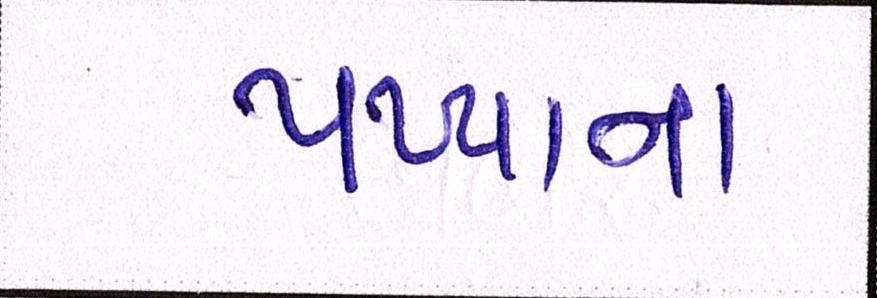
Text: પપ્પાના